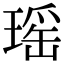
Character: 瑶